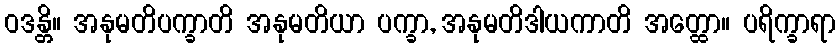
ဝဒန္တိ။ အနုမတိပက္ခာတိ အနုမတိယာ ပက္ခာ, အနုမတိဒါယကာတိ အတ္ထော။ ပရိက္ခာရာ